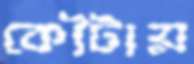
কৌটায়